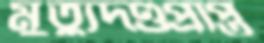
মুত্যুদণ্ডপ্রাপ্ত